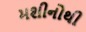
મશીનોથી